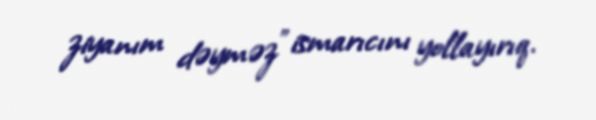
ziyanım dəyməz” ismarıcını yollayırıq.